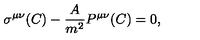
\sigma ^ { \mu \nu } ( C ) - { \frac { A } { m ^ { 2 } } } P ^ { \mu \nu } ( C ) = 0 ,